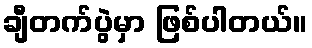
ချီတက်ပွဲမှာ ဖြစ်ပါတယ်။